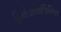
હિમોડાયાલિસિસ